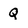
Character: Q